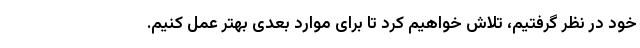
خود در نظر گرفتیم، تلاش خواهیم کرد تا برای موارد بعدی بهتر عمل کنیم.